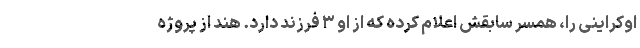
اوکراینی را، همسر سابقش اعلام کرده که از او ۳ فرزند دارد. هند از پروژه